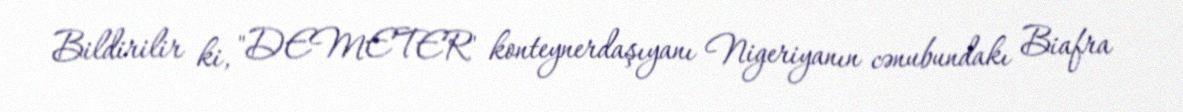
Bildirilir ki, "DEMETER" konteynerdaşıyanı Nigeriyanın cənubundakı Biafra